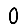
Digit: 0